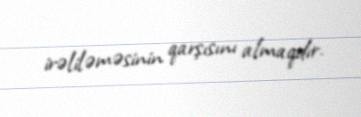
irəliləməsinin qarşısını almaqdır.